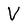
Character: V